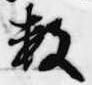
数